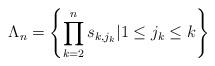
LaTeX: \begin{align*}\Lambda_n = \left\{ \prod\limits_{k=2}^n s_{k,j_k} \vert 1 \leq j_k\leq k \right\}\end{align*}